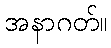
အနာဂတ်။